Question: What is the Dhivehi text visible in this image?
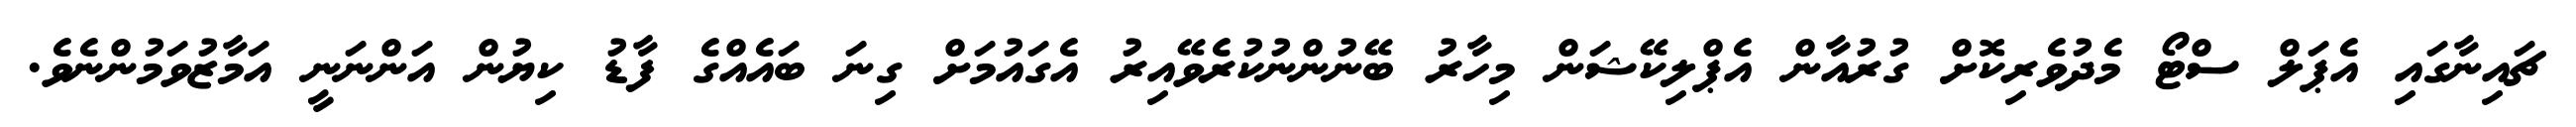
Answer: ޗައިނާގައި އެޕަލް ސްޓޯ މެދުވެރިކޮށް ގުރުއާން އެޕްލިކޭޝަން މިހާރު ބޭނުންނުކުރެވޭއިރު އެގައުމަށް ގިނަ ބައެއްގެ ފާޑު ކިޔުން އަންނަނީ އަމާޒުވަމުންނެވެ.